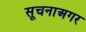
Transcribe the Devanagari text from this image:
सूचनाअगर